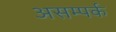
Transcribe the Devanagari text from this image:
असम्पर्क